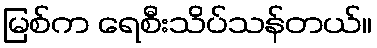
မြစ်က ရေစီးသိပ်သန်တယ်။